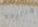
مفاتيحه